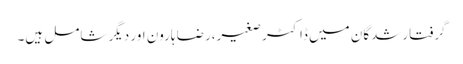
گرفتارشدگان میں ڈاکٹر صغیر،رضا ہارون اور دیگر شامل ہیں۔